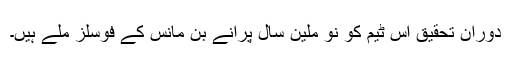
دوران تحقیق اس ٹیم کو نو ملین سال پرانے بن مانس کے فوسلز ملے ہیں۔